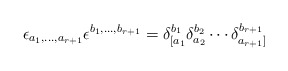
\begin{align*}\epsilon_{a_1,\ldots,a_{r+1}}\epsilon^{b_1,\ldots,b_{r+1}} = \delta_{[a_1}^{b_1}\delta_{a_2}^{b_2}\cdots\delta_{a_{r+1}]}^{b_{r+1}}\end{align*}